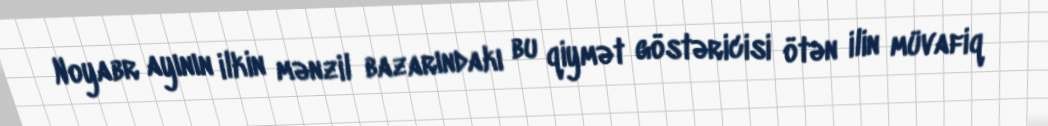
Noyabr ayının ilkin mənzil bazarındakı bu qiymət göstəricisi ötən ilin müvafiq